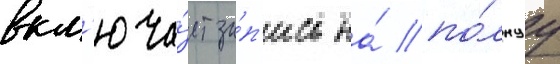
вкл'юча́ет за́п'ись на́ по́лнуу